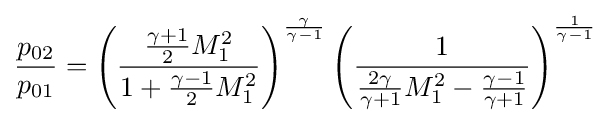
{\frac {p_{02}}{p_{01}}}=\left({\frac {{\frac {\gamma +1}{2}}M_{1}^{2}}{1+{\frac {\gamma -1}{2}}M_{1}^{2}}}\right)^{\frac {\gamma }{\gamma -1}}\left({\frac {1}{{\frac {2\gamma }{\gamma +1}}M_{1}^{2}-{\frac {\gamma -1}{\gamma +1}}}}\right)^{\frac {1}{\gamma -1}}